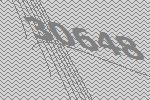
30648